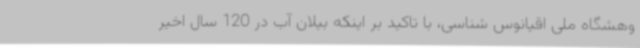
وهشگاه ملی اقیانوس شناسی، با تاکید بر اینکه بیلان آب در 120 سال اخیر